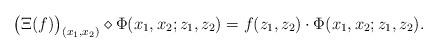
LaTeX: \begin{align*}\bigl(\Xi(f)\bigr)_{(x_1, x_2)} \diamond \Phi(x_1, x_2; z_1, z_2) = f(z_1, z_2) \cdot \Phi(x_1, x_2; z_1, z_2).\end{align*}